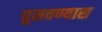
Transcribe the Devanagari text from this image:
घुसवण्यास